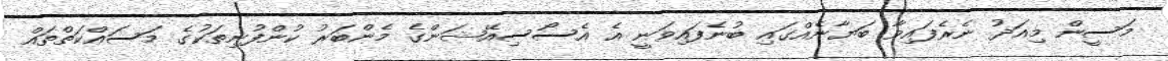
މަސީން މިއަދު ނެރެފައިވާ ބަޔާނެއްގައި ބުނެފައިވަނީ އެ އެސޯސިއޭޝަންގެ މެންބަރު ކުންފުނިތަކުގެ މަސައްކަތްތައް